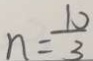
n = \frac { 1 0 } { 3 }